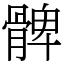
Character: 髀